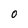
Character: 0